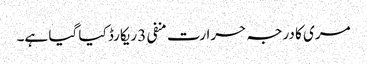
مری کا درجہ حرارت منفی 3 ریکارڈ کیا گیا ہے۔